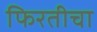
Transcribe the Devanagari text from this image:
फिरतीचा